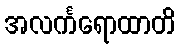
အလင်္ကရောထာတိ